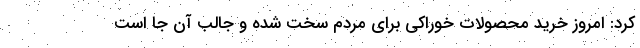
کرد: امروز خرید محصولات خوراکی برای مردم سخت شده و جالب آن جا است